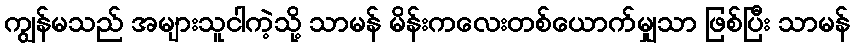
ကျွန်မသည် အများသူငါကဲ့သို့ သာမန် မိန်းကလေးတစ်ယောက်မျှသာ ဖြစ်ပြီး သာမန်